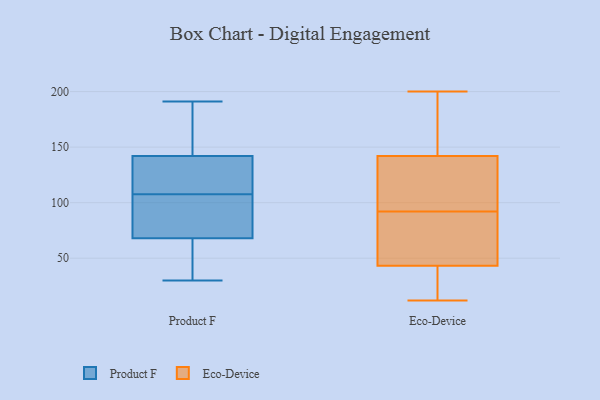
{"axis": {"x": "Conversion Rate (%)", "y": "Value"}, "legend": ["Eco-Device", "Product F"], "data": [{"x": "", "y": 30, "type": "Product F"}, {"x": "", "y": 148, "type": "Product F"}, {"x": "", "y": 148, "type": "Product F"}, {"x": "", "y": 142, "type": "Product F"}, {"x": "", "y": 55, "type": "Product F"}, {"x": "", "y": 92, "type": "Product F"}, {"x": "", "y": 191, "type": "Product F"}, {"x": "", "y": 162, "type": "Product F"}, {"x": "", "y": 141, "type": "Product F"}, {"x": "", "y": 68, "type": "Product F"}, {"x": "", "y": 119, "type": "Product F"}, {"x": "", "y": 85, "type": "Product F"}, {"x": "", "y": 121, "type": "Product F"}, {"x": "", "y": 136, "type": "Product F"}, {"x": "", "y": 81, "type": "Product F"}, {"x": "", "y": 41, "type": "Product F"}, {"x": "", "y": 53, "type": "Product F"}, {"x": "", "y": 96, "type": "Product F"}, {"x": "", "y": 42, "type": "Eco-Device"}, {"x": "", "y": 92, "type": "Eco-Device"}, {"x": "", "y": 157, "type": "Eco-Device"}, {"x": "", "y": 129, "type": "Eco-Device"}, {"x": "", "y": 33, "type": "Eco-Device"}, {"x": "", "y": 143, "type": "Eco-Device"}, {"x": "", "y": 89, "type": "Eco-Device"}, {"x": "", "y": 139, "type": "Eco-Device"}, {"x": "", "y": 47, "type": "Eco-Device"}, {"x": "", "y": 149, "type": "Eco-Device"}, {"x": "", "y": 72, "type": "Eco-Device"}, {"x": "", "y": 12, "type": "Eco-Device"}, {"x": "", "y": 200, "type": "Eco-Device"}, {"x": "", "y": 130, "type": "Eco-Device"}, {"x": "", "y": 36, "type": "Eco-Device"}]}